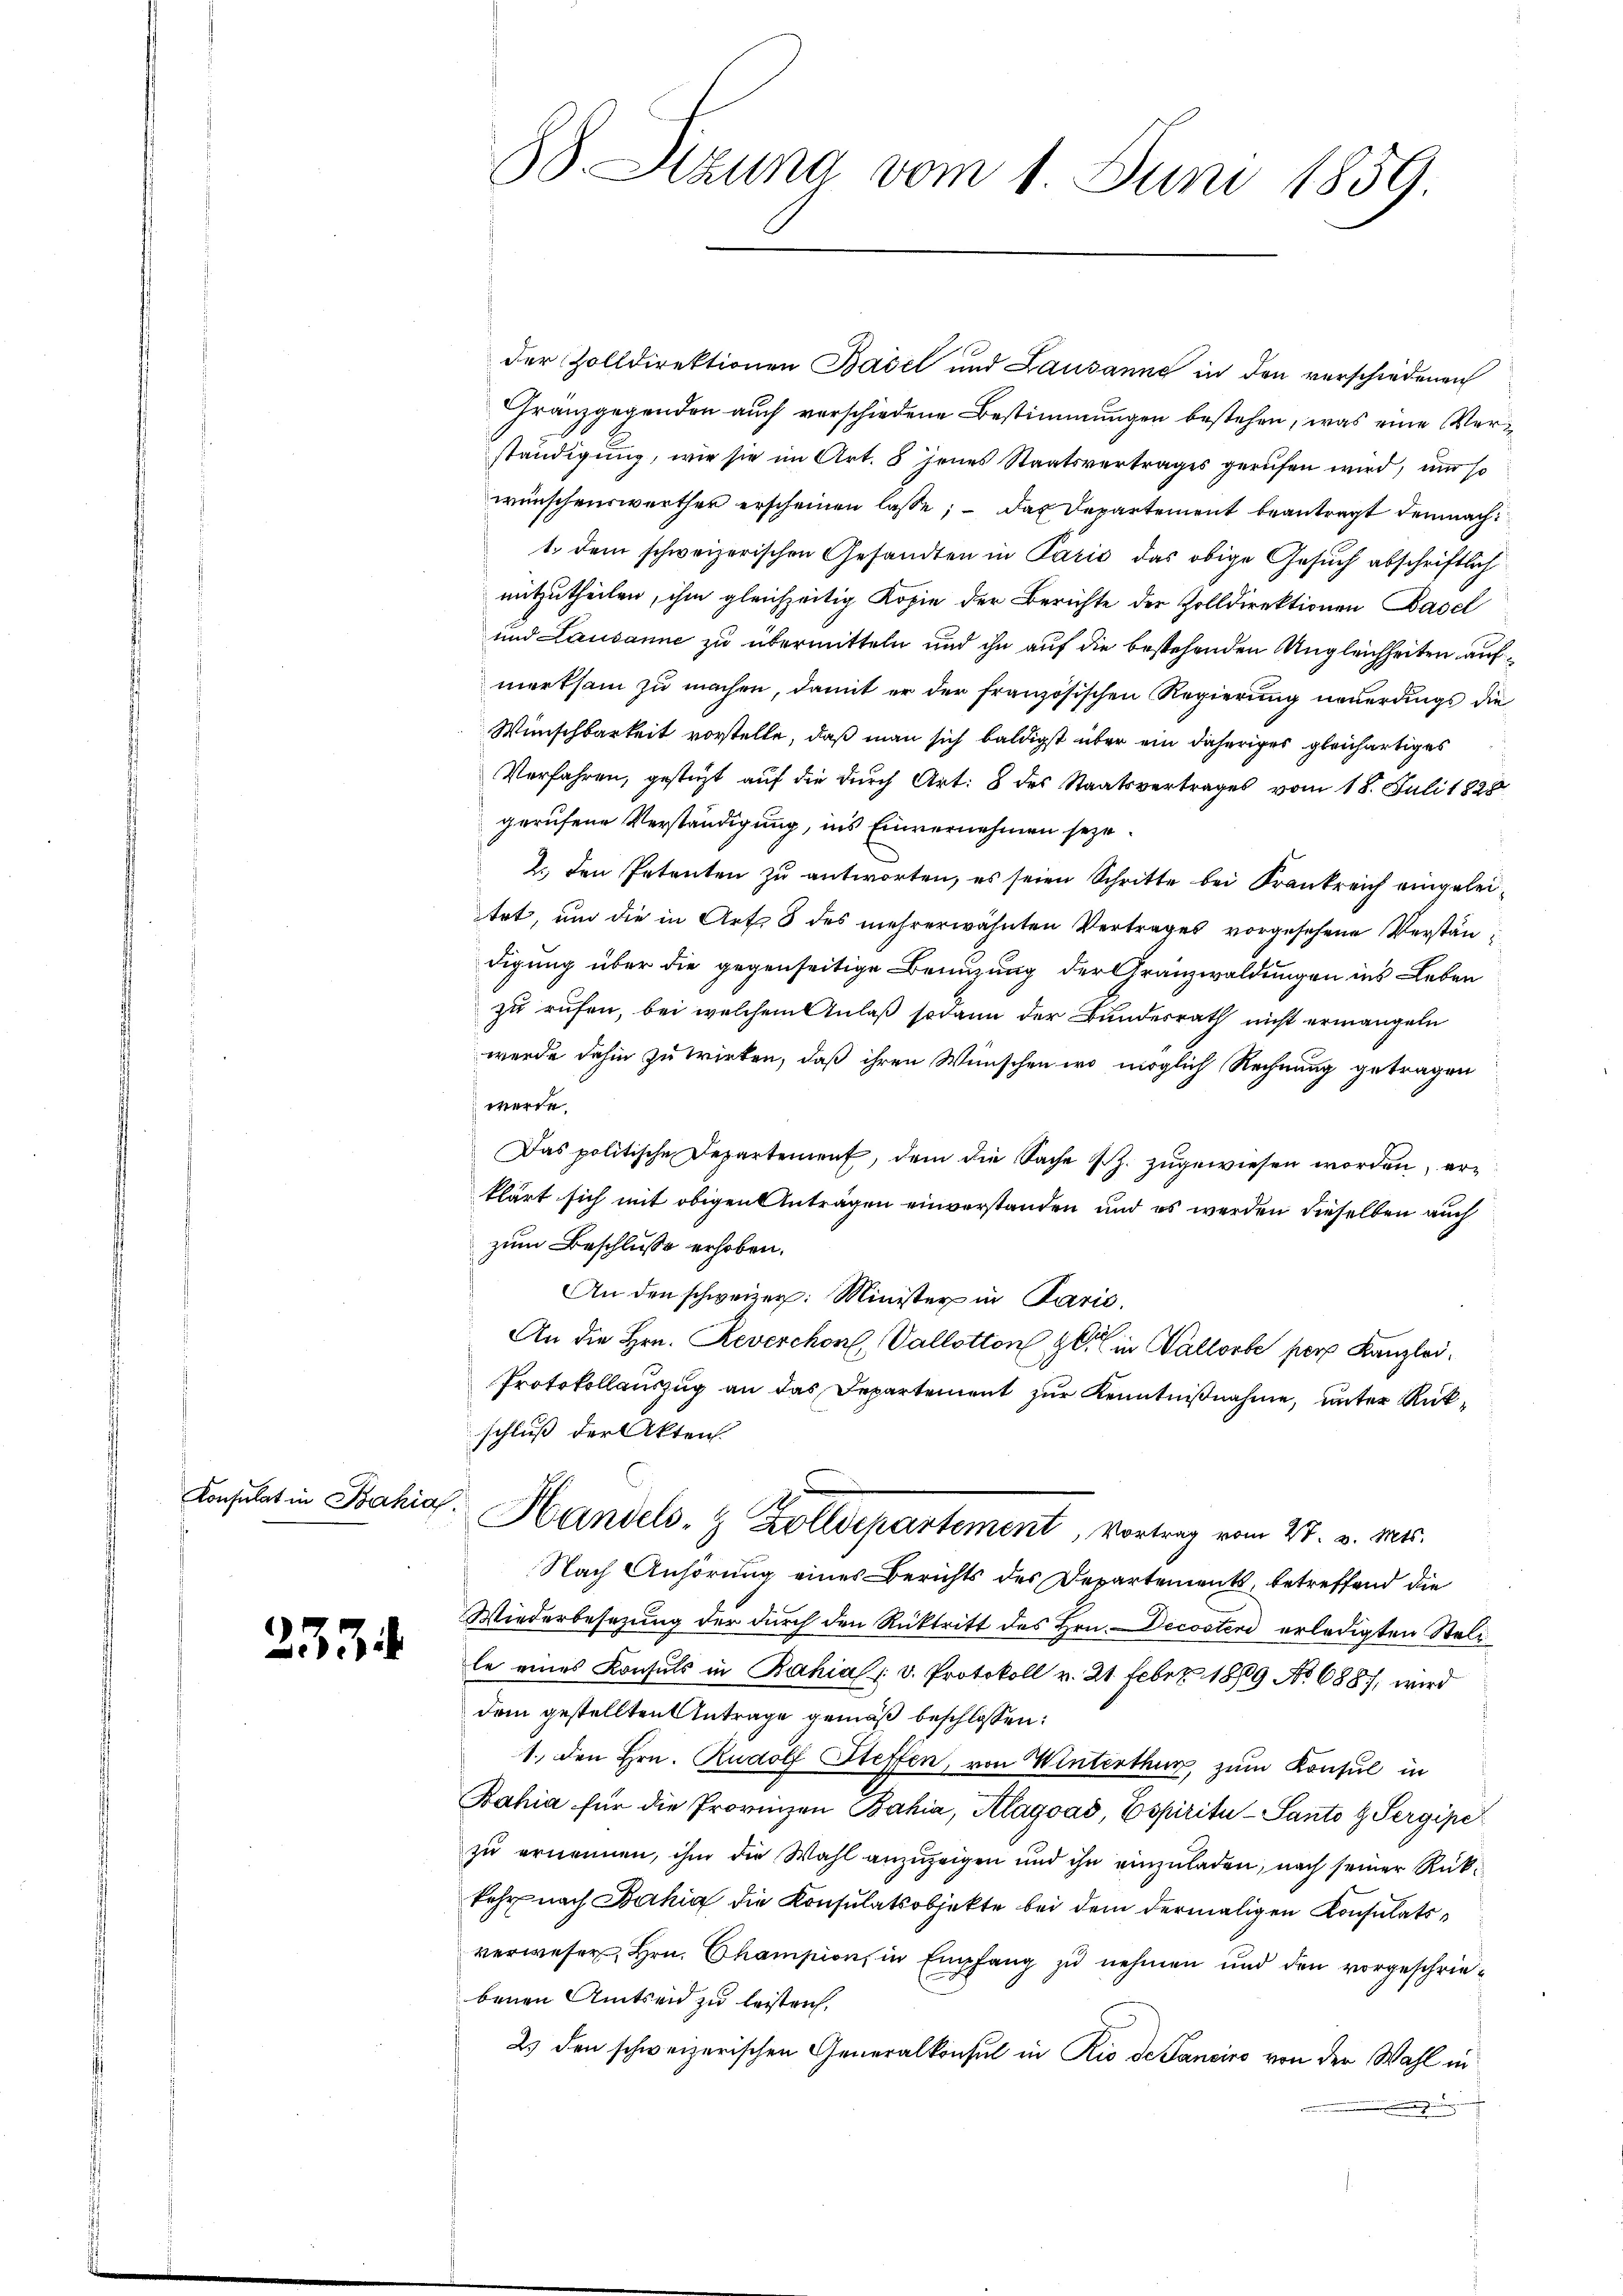
Konsulat in Bahia

233

10
der Zolldirektionen Basel und Lausanne in den verschiedenen
Franzgegenden auch verschiedene Bestimmungen bestehen, was eine Verständigung, wie sie im Art. 8 jenes Staatsvertrages gerufen wird, um so
wünschenswerther erscheinen lasse; – das Departement beantragt demnach
1. dem schweizerischen Gesandten in Paris das obige Gesŭch abschriftlich
mitzutheilen, ihm gleichzeitig Kopie der Berichte der Zolldirektionen Basel
und Lausanne zu übermitteln und ihn auf die bestehenden Ungleichheiten aufmerksam zu machen, damit er der französischen Regierung neuerdings die
Wünschbarkeit vorstelle, daß man sich baldigst über ein daheriges gleichartiges
Verfahren, gesteht auf die durch Art. 8 des Staatsvertrages vom 18. Juli 1828
gerufene Verständigung, ins Einvernehmen seye
2., den Petenten zu antworten, es seien Schritte bei Krankreich eingeleitet, und die in Art 3 des mehrerwähnten Vertrages vorgesehene Verständigung über die gegenseitige Benuzung der Granzwaldungen ins Leben
zu rufen, bei welchem Anlaß sodann der Bundesrath nicht ermangeln
werde dahin zu wirken, daß ihren Wünschen wo möglich Rechnung getragen
werde.
Das politische Departement, dem die Sache s. Z. zugewiesen worden, erklärt sich mit obigen Anträgen einverstanden und es werden dieselben auch
zum Beschlusse erhoben.
An den schweizer: Minister in Parić,
An die Hrn. Reverchon, Vallotton, in Wallorbe per Kanzlei,
Protokollauszug an das Departement zur Kenntnißnahme, unter Rückschluß der Akten.
2
Handels- & Zolldepartement, Vortrag vom 27. v. Ms.
Nach Anhörung eines Berichts des Departements, betreffend die
Wiederbesezung der durch den Rücktritt des Hrn. Decosteri erledigten Stelle eines Konsuls in Bahias /: v. Protokoll v. 21. Feber 1889 No 688, wird
dem gestellten Antrage gemäß beschlossen:
1. den Hrn. Rudolf Steffen, von Winterthur, zum Konsul in
Bahia für die Provinzen Bahia, Alagoas, Espiritu - Santo t Sergipe
zu ernennen, ihm die Wahl anzuzeigen und ihn einzuladen, nach seiner Rückkehr nach Bahia die Konsulatsobjekte bei dem dermaligen Konsulatsverwesen Hrn. Champion, in Empfang zu nehmen und den vorgeschriebenen Amtseid zu leisten.
2. den schweizerischen Generalkonsul in Rio de Sanciro von der Wahl in
.

88. Sitzung vom 1. Juni 1859.